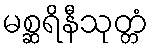
မစ္ဆရိနီသုတ္တံ